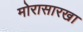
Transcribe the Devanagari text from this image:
मोरासारखा